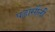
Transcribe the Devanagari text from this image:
पड़ासौली